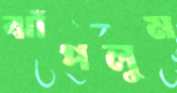
ঝাঁপলুম